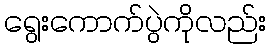
ရွေးကောက်ပွဲကိုလည်း